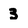
Character: 3